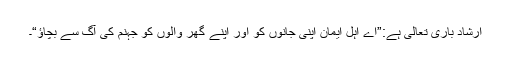
ارشادِ باری تعالیٰ ہے:”اے اہل ایمان اپنی جانوں کو اور اپنے گھر والوں کو جہنم کی آگ سے بچاؤ“۔